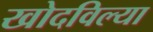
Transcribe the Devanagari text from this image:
खोदविल्या